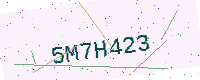
Text: 5M7H423